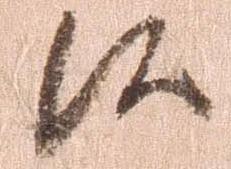
候